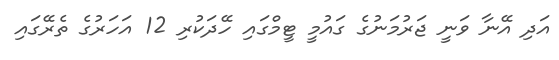
އަދި އޭނާ ވަނީ ޖަރުމަނުގެ ގައުމީ ޓީމްގައި ހޭދަކުރި 12 އަހަރުގެ ތެރޭގައި